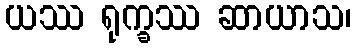
ယဿ ရုက္ခဿ ဆာယာသ၊